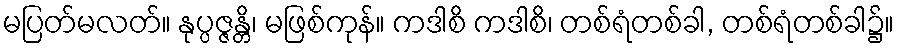
မပြတ်မလတ်။ နုပ္ပဇ္ဇန္တိ၊ မဖြစ်ကုန်။ ကဒါစိ ကဒါစိ၊ တစ်ရံတစ်ခါ, တစ်ရံတစ်ခါ၌။